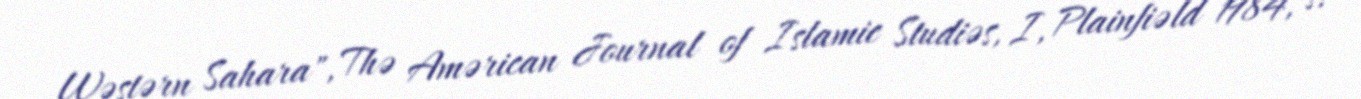
Wəstərn Sahara", Thə Amərican Journal of Islamic Studiəs, I, Plainfiəld 1984, s.